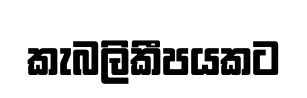
කැබලිකීපයකට